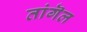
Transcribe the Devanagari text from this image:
तांगॆल